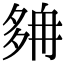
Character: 𡖭